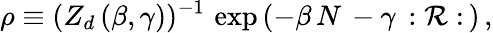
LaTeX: \rho\equiv(Z_{d}\, (\beta,\gamma))^{-1}\, \exp\, (-\beta\, N\, -\gamma\, :{\cal R}:\, )\, ,